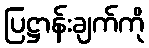
ပြဋ္ဌာန်းချက်ကို